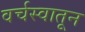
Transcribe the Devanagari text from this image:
वर्चस्वातून